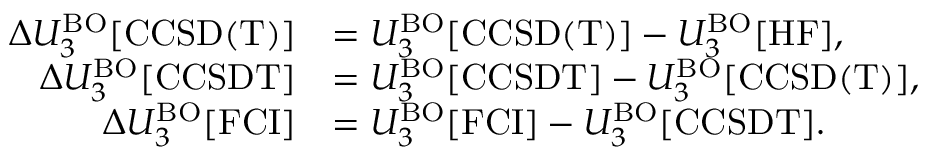
\begin{array} { r l } { \Delta U _ { 3 } ^ { \mathrm { B O } } [ \mathrm { C C S D ( T ) } ] } & { = U _ { 3 } ^ { \mathrm { B O } } [ \mathrm { C C S D ( T ) } ] - U _ { 3 } ^ { \mathrm { B O } } [ \mathrm { H F } ] , } \\ { \Delta U _ { 3 } ^ { \mathrm { B O } } [ \mathrm { C C S D T } ] } & { = U _ { 3 } ^ { \mathrm { B O } } [ \mathrm { C C S D T } ] - U _ { 3 } ^ { \mathrm { B O } } [ \mathrm { C C S D ( T ) } ] , } \\ { \Delta U _ { 3 } ^ { \mathrm { B O } } [ \mathrm { F C I } ] } & { = U _ { 3 } ^ { \mathrm { B O } } [ \mathrm { F C I } ] - U _ { 3 } ^ { \mathrm { B O } } [ \mathrm { C C S D T } ] . } \end{array}